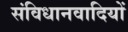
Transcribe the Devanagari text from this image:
संविधानवादियों